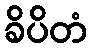
ခိပိတံ